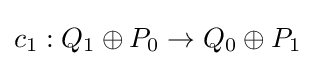
c_{1}:Q_{1}\oplus P_{0}\to Q_{0}\oplus P_{1}